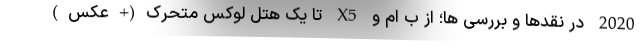
2020 در نقدها و بررسی ها؛ از ب ام و X5 تا یک هتل لوکس متحرک(+عکس)